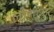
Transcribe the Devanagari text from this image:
लौहमुकुट